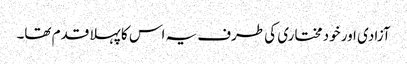
آزادی اور خود مختاری کی طرف یہ اس کا پہلا قدم تھا۔